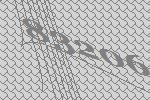
83206